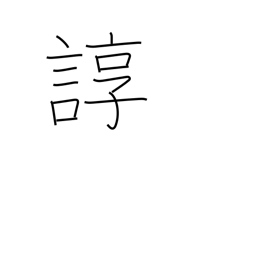
Meaning: tedious